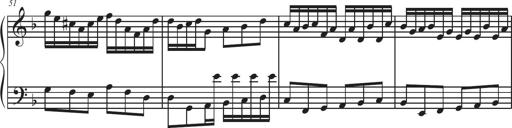
Title: Sonatina Espania
Composer: Jerald Franklin Archer
Key: Various